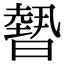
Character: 𭧳